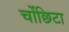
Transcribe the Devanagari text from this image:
चोंछिटा